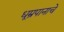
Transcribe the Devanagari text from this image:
धूम्रपानाचे